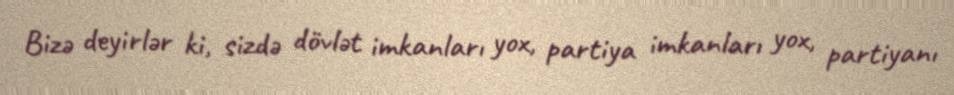
Bizə deyirlər ki, sizdə dövlət imkanları yox, partiya imkanları yox, partiyanı